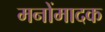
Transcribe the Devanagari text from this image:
मनोंमादक